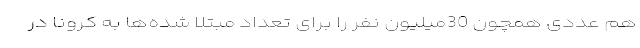
هم عددی همچون 30میلیون نفر را برای تعداد مبتلا شده‌ها به کرونا در